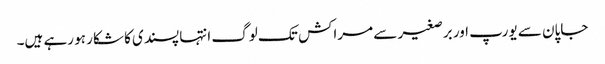
جاپان سے یورپ اور برصغیر سے مراکش تک لوگ انتہا پسندی کا شکار ہو رہے ہیں۔